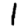
Digit: 1